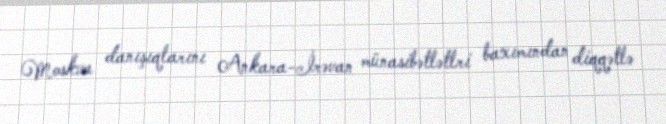
Moskva danışıqlarını Ankara-İrəvan münasibətlətlri baxımından diqqətlə